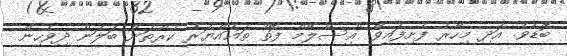
ބޮޑެވެ. އަދި މިހާރު ފެށިފައިވާ "އިސްލާމް ފޮތް ތަޣައްޔަރު ކުރާތަން ބަލަން ދިވެހިން